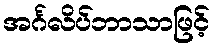
အင်္ဂလိပ်ဘာသာဖြင့်